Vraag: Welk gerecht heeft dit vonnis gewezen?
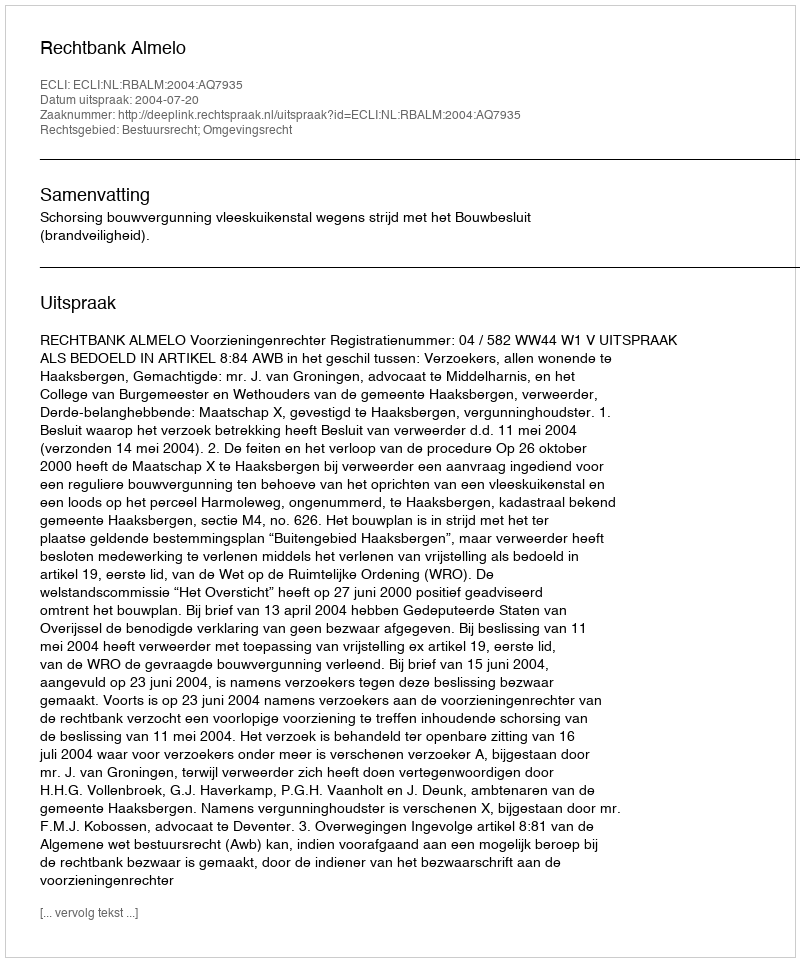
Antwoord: Rechtbank Almelo